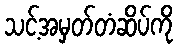
သင့်အမှတ်တံဆိပ်ကို